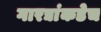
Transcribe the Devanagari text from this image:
गारद्यांकडेच